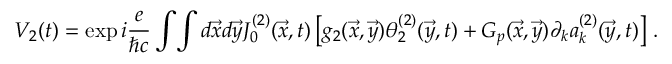
V _ { 2 } ( t ) = \exp i { \frac { e } { \hbar c } } \int \! \int d \vec { x } d \vec { y } J _ { 0 } ^ { ( 2 ) } ( \vec { x } , t ) \left[ g _ { 2 } ( \vec { x } , \vec { y } ) { \theta _ { 2 } ^ { ( 2 ) } ( \vec { y } , t ) } + G _ { p } ( \vec { x } , \vec { y } ) \partial _ { k } a _ { k } ^ { ( 2 ) } ( \vec { y } , t ) \right] \, .